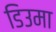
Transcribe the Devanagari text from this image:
डिउमा